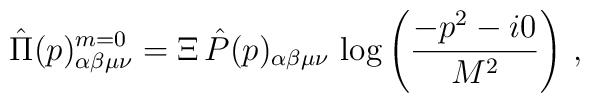
\hat{\Pi}(p)_{\alpha\beta\mu\nu}^{m=0}=\Xi\,\hat{P}(p)_{\alpha\beta\mu\nu}\,\log\left( \frac{-p^2 -i0}{M^2}\right)\,,